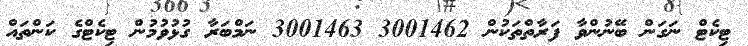
ޓިކެޓް ނަގަން ބޭނުންވާ ފަރާތްތަކުން 3001462 3001463 ނަމްބަރާ ގުޅުވުމުން ޓިކެޓްގެ ކަންތައް